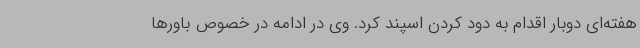
هفته‌ای دوبار اقدام به دود کردن اسپند کرد. وی در ادامه در خصوص باورها